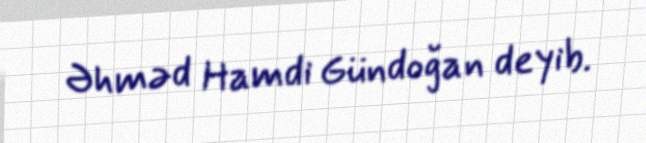
Əhməd Hamdi Gündoğan deyib.